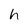
Character: h